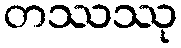
တဿဿု